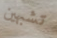
تشبهين